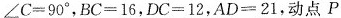
$$∠ C = 9 0 °$$，$$B C = 1 6$$，$$D C = 1 2$$，$$A D = 2 1$$，动点P